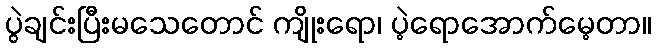
ပွဲချင်းပြီးမသေတောင် ကျိုးရော၊ ပဲ့ရောအောက်မေ့တာ။